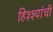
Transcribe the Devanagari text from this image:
हिश्श्यांची